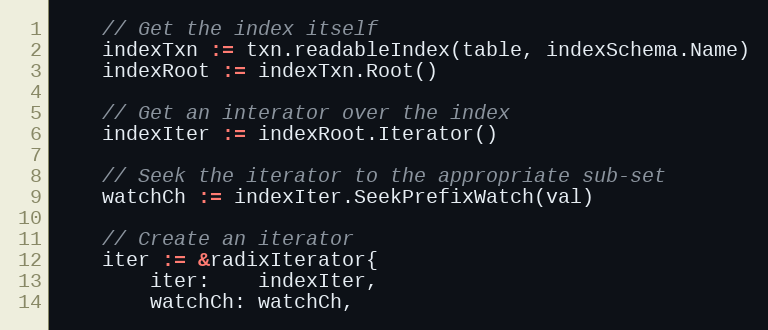
Language: Go
	// Get the index itself
	indexTxn := txn.readableIndex(table, indexSchema.Name)
	indexRoot := indexTxn.Root()

	// Get an interator over the index
	indexIter := indexRoot.Iterator()

	// Seek the iterator to the appropriate sub-set
	watchCh := indexIter.SeekPrefixWatch(val)

	// Create an iterator
	iter := &radixIterator{
		iter:    indexIter,
		watchCh: watchCh,